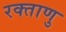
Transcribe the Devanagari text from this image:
रक्ताणु